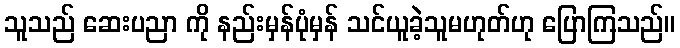
သူသည် ဆေးပညာ ကို နည်းမှန်ပုံမှန် သင်ယူခဲ့သူမဟုတ်ဟု ပြောကြသည်။